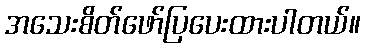
အသေးစိတ်ဖော်ပြပေးထားပါတယ်။